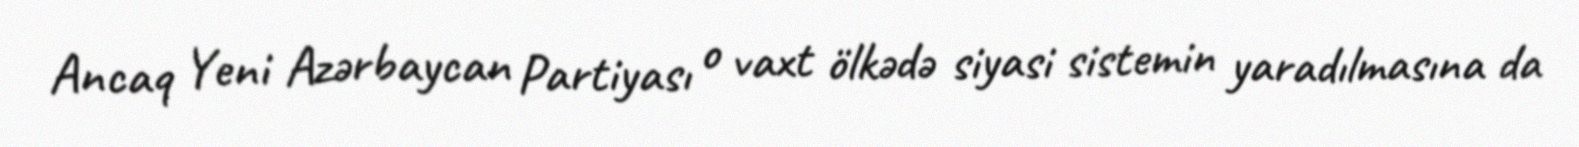
Ancaq Yeni Azərbaycan Partiyası o vaxt ölkədə siyasi sistemin yaradılmasına da